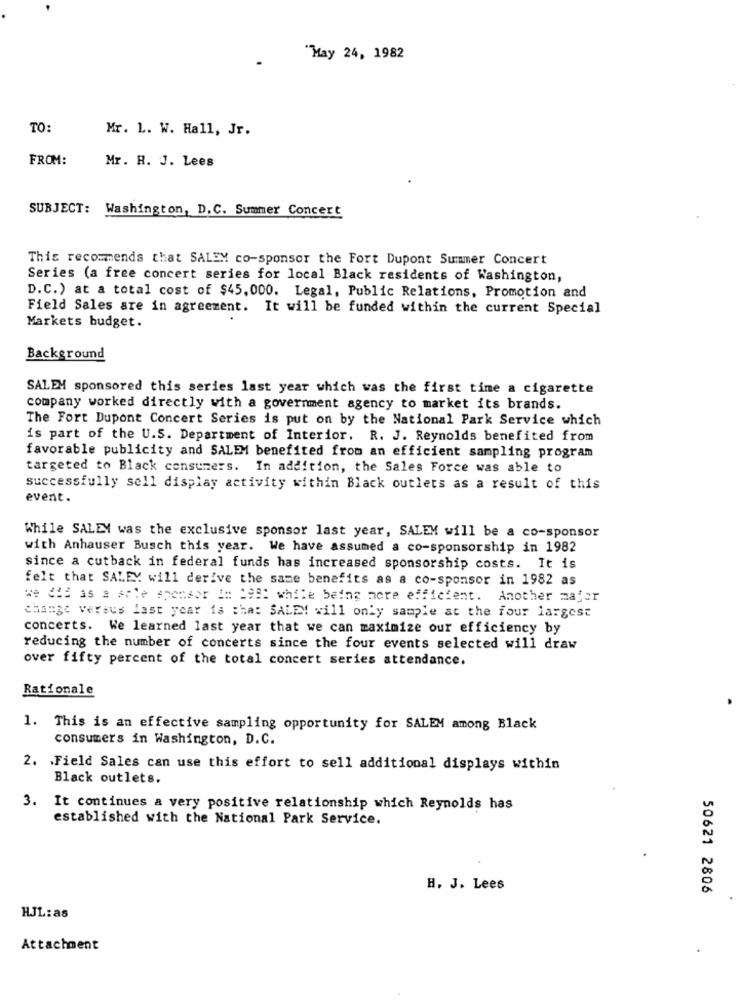
May 24, 1982
TO:
Mr. L. W. Hall, Jr.
FROM:
Mr. R. J. Lees
SUBJECT: Washington, D.C. Summer Concert
This recommends that SALEM co-sponsor the Fort Dupont Summer Concert
Series (a free concert series for local Black residents of Washington,
D.C.) at a total cost of $45,000. Legal, Public Relations, Promotion and
Field Sales are in agreement. It will be funded within the current Special
Markets budget.
Background
SALEM sponsored this series last year which was the first time a cigarette
company worked directly with a government agency to market its brands.
The Fort Dupont Concert Series is put on by the National Park Service which
is part of the U.S. Department of Interior. R. J. Reynolds benefited from
favorable publicity and SALEM benefited from an efficient sampling program
targeted to Black consumers. In addition, the Sales Force was able to
successfully sell display activity within Black outlets as a result of this
event.
While SALEY was the exclusive sponsor last year, SALEM will be a co-sponsor
with Anhauser Busch this year. We have assumed a co-sponsorship in 1982
since a cutback in federal funds has increased sponsorship costs. It is
felt that SALEY will derive the same benefits as a co-sponsor in 1982 as
we 412 as s sele sponsor i= 2981 while being more efficient.
Another zafer
change versus last year is that SALEM will only sample at the four largest
concerts. We learned last year that we can maximize our efficiency by
reducing the number of concerts since the four events selected will draw
over fifty percent of the total concert series attendance.
Rationale
1. This is an effective sampling opportunity for SALEM among Black
consumers in Washington, D.C.
2. . Field Sales can use this effort to sell additional displays within
Black outlets.
3. It continues a very positive relationship which Reynolds has
established with the National Park Service.
H. J. Lees
50621 2806
HJL: as
Attachment